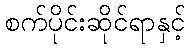
စက်ပိုင်းဆိုင်ရာနှင့်